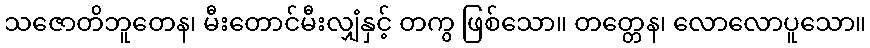
သဇောတိဘူတေန၊ မီးတောင်မီးလျှံနှင့် တကွ ဖြစ်သော။ တတ္တေန၊ လောလောပူသော။